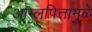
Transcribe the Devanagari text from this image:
आम्लपित्तामुळे